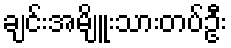
ချင်းအမျိူးသားတပ်ဦး